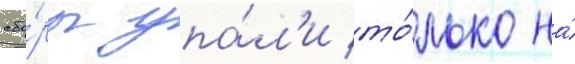
сбо́ры упа́л'и то́лько на́